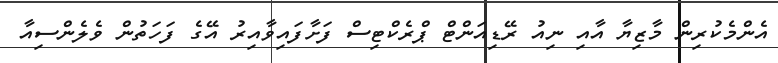
އެންމެކުރިން މާޒިޔާ އާއި ނިއު ރޭޑިއަންޓް ޕްރެކްޓިސް ފަށާފައިވާއިރު އޭގެ ފަހަތުން ވެލެންސިއާ